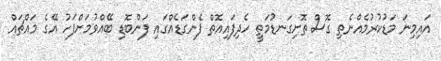
އައިމިނަ މަޑުކުރުމެއްނެތި ގޮސް ތޮށިގަނޑުމަތީ ހެދިފައިއޮތް ފެންގަޑެއްގައި ފަންބޮޑި ބޭއްވުމަށްފަހު އޭގެ މައްޗައް